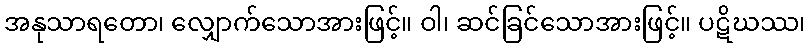
အနုသာရတော၊ လျှောက်သောအားဖြင့်။ ဝါ၊ ဆင်ခြင်သောအားဖြင့်။ ပဋိဃဿ၊